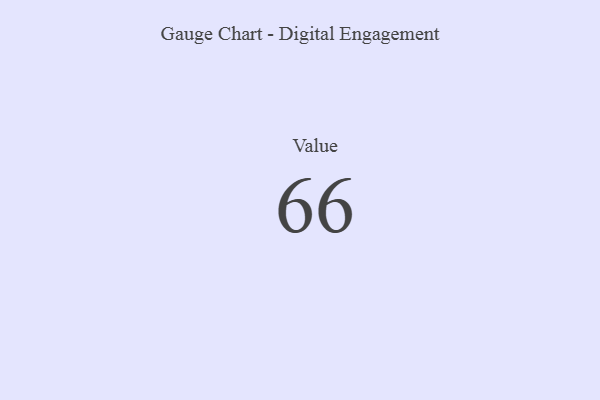
{"axis": {"x": "Metric", "y": "Value"}, "legend": [""], "data": [{"x": "Value", "y": 66, "type": ""}]}